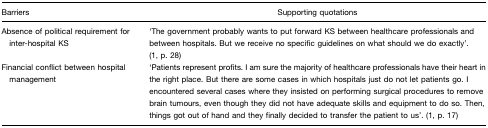
<table><thead><tr><td><b>Barriers</b></td><td><b>Supporting quotations</b></td></tr></thead><tbody><tr><td>Absence of political requirement for inter-hospital KS</td><td>‘The government probably wants to put forward KS between healthcare professionals and between hospitals. But we receive no specific guidelines on what should we do exactly’. (1, p. 28)</td></tr><tr><td>Financial conflict between hospital management</td><td>‘Patients represent profits. I am sure the majority of healthcare professionals have their heart in the right place. But there are some cases in which hospitals just do not let patients go. I encountered several cases where they insisted on performing surgical procedures to remove brain tumours, even though they did not have adequate skills and equipment to do so. Then, things got out of hand and they finally decided to transfer the patient to us’. (1, p. 17)</td></tr></tbody></table>